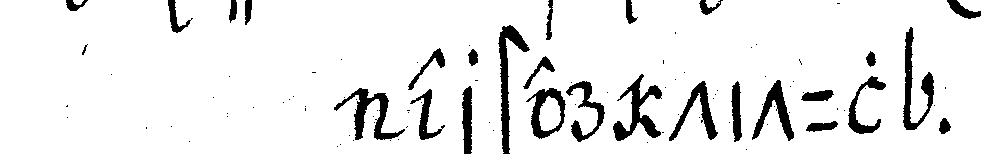
erster titul .